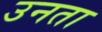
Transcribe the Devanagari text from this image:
उनता